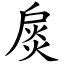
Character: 扊